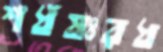
শধঁষঃরধ